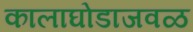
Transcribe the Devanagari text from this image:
कालाघोडाजवळ